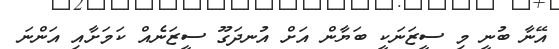
އޭނާ ބުނީ މި ސީޒަނަކީ ބަޔާން އަށް އުނދަގޫ ސީޒަނެއް ކަމަށާއި އަންނަ